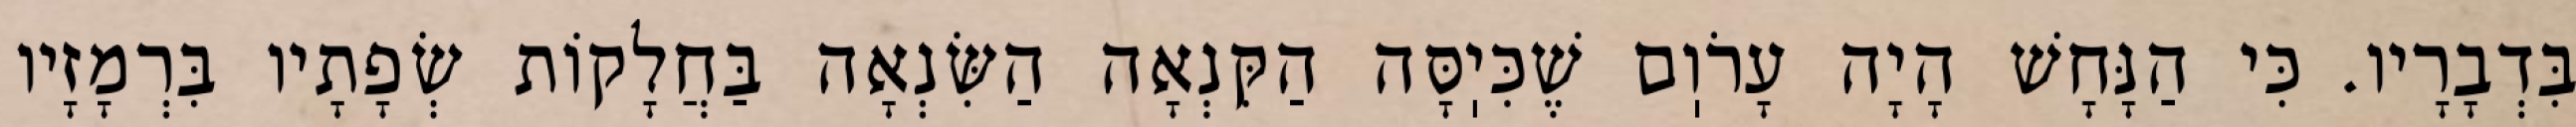
בִּדְבָרָיו. כִּי הַנָּחָשׁ הָיָה עָרֹוֽם שֶׁכִּיֽסָּה הַקִּנְאָה הַשִּׂנְאָה בַּחֲלָקוֹת שְׂפָתָיו בִּרְמָזָיו